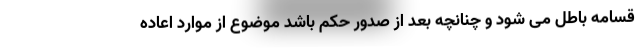
قسامه باطل می شود و چنانچه بعد از صدور حکم باشد موضوع از موارد اعاده